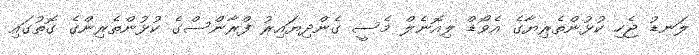
ލަނޑު ޖެހި ކުޅުންތެރިޔާގެ އެވޯޑް ލިއޮނެލް މެސީ ގެންދިޔައިރު ފްރާންސްގެ ކުޅުންތެރިންގެ ގޮތުގައި